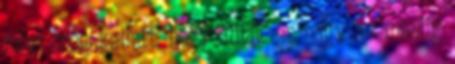
folyt meg kellett, hogy álljak és nagy de mindig